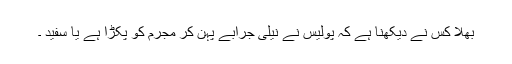
بھلا کس نے دیکھنا ہے کہ پولیس نے نیلی جرابے پہن کر مجرم کو پکڑا ہے یا سفید ۔